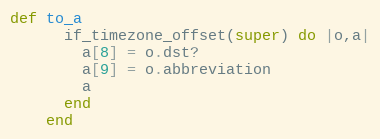
Language: Ruby
def to_a
      if_timezone_offset(super) do |o,a|
        a[8] = o.dst?
        a[9] = o.abbreviation
        a
      end
    end